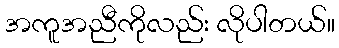
အကူအညီကိုလည်း လိုပါတယ်။